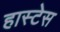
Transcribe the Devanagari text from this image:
हास्टेस